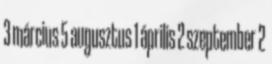
3 március 5 augusztus 1 április 2 szeptember 2